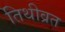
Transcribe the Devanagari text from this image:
तिथीव्रत